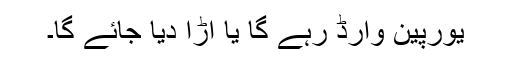
یورپین وارڈ رہے گا یا اُڑا دیا جائے گا۔